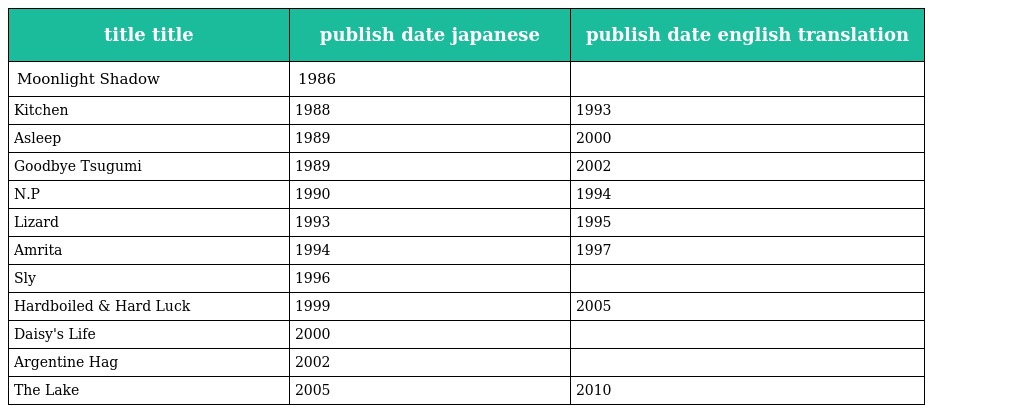
| title title | publish date japanese | publish date english translation |
 | --- | --- | --- |
 | Moonlight Shadow | 1986 |  |
 | Kitchen | 1988 | 1993 |
 | Asleep | 1989 | 2000 |
 | Goodbye Tsugumi | 1989 | 2002 |
 | N.P | 1990 | 1994 |
 | Lizard | 1993 | 1995 |
 | Amrita | 1994 | 1997 |
 | Sly | 1996 |  |
 | Hardboiled & Hard Luck | 1999 | 2005 |
 | Daisy's Life | 2000 |  |
 | Argentine Hag | 2002 |  |
 | The Lake | 2005 | 2010 |